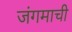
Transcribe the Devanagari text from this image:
जंगमाची